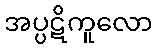
အပ္ပဋိကူလော